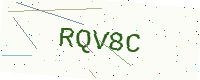
Text: RQV8C